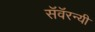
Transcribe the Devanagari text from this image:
सॅवॅरन्यी